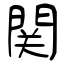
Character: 関